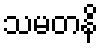
သမတနိ